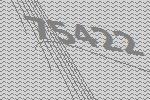
75422